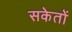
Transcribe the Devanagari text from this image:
सकेतों